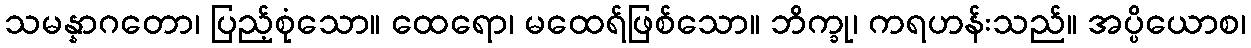
သမန္နာဂတော၊ ပြည့်စုံသော။ ထေရော၊ မထေရ်ဖြစ်သော။ ဘိက္ခု၊ ကရဟန်းသည်။ အပ္ပိယောစ၊